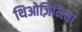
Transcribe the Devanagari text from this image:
थिओज़िनिया